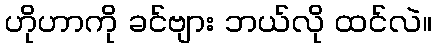
ဟိုဟာကို ခင်ဗျား ဘယ်လို ထင်လဲ။